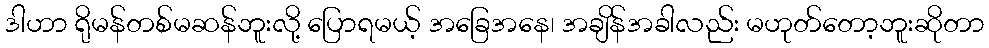
ဒါဟာ ရိုမန်တစ်မဆန်ဘူးလို့ ပြောရမယ့် အခြေအနေ၊ အချိန်အခါလည်း မဟုတ်တော့ဘူးဆိုတာ